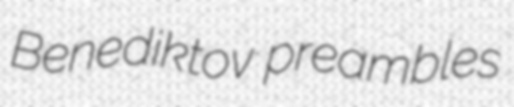
Benediktov preambles